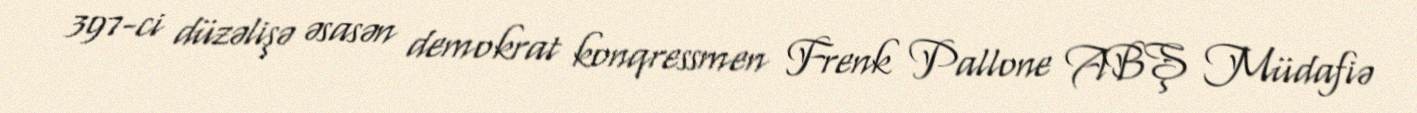
397-ci düzəlişə əsasən demokrat konqressmen Frenk Pallone ABŞ Müdafiə